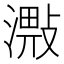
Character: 𣽠